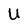
Character: U